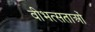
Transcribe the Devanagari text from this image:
वीभत्सताओं